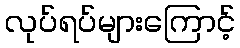
လုပ်ရပ်များကြောင့်